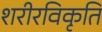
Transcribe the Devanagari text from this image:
शरीरविकृति